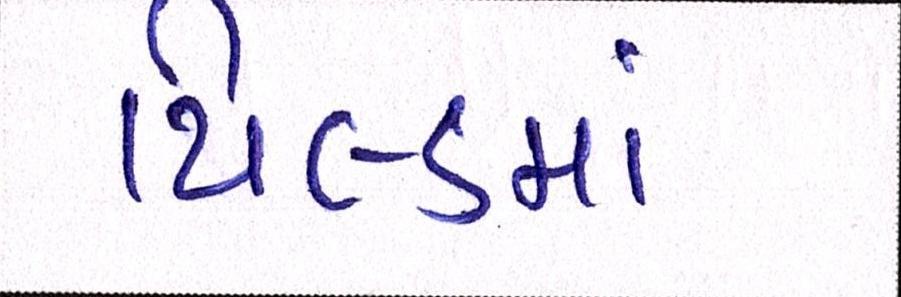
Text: યિલ્ડમાં